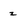
Character: z